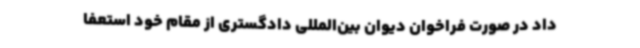
داد در صورت فراخوان دیوان بین‌المللی دادگستری از مقام خود استعفا